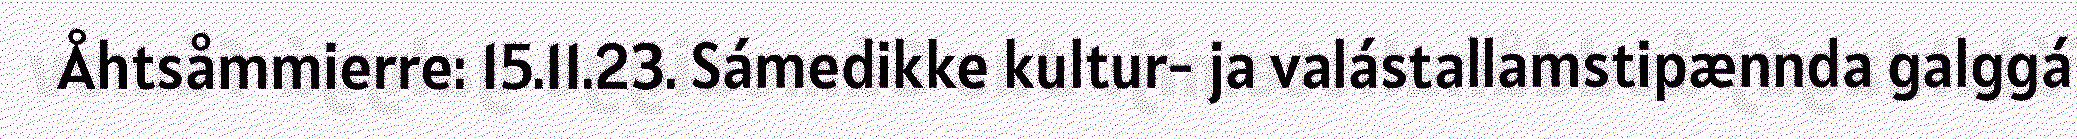
Åhtsåmmierre: 15.11.23. Sámedikke kultur- ja valástallamstipænnda galggá